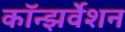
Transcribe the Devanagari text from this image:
कॉन्झर्वेशन